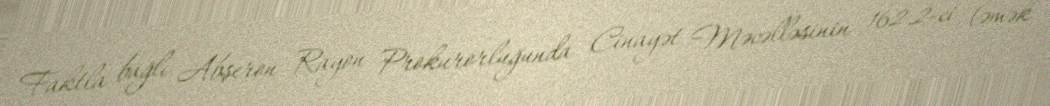
Faktla bağlı Abşeron Rayon Prokurorluğunda Cinayət Məcəlləsinin 162.2-ci (əmək